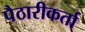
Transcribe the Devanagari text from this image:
पैठारीकर्ता